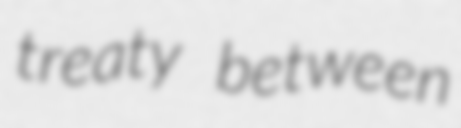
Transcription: treaty between